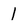
Character: 1